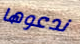
ندعوها